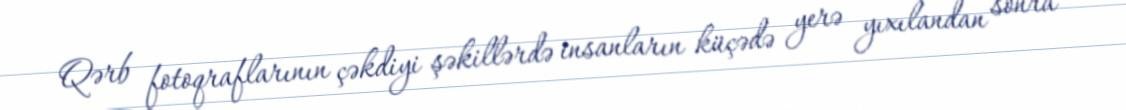
Qərb fotoqraflarının çəkdiyi şəkillərdə insanların küçədə yerə yıxılandan sonra